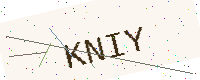
Text: KNIY